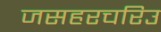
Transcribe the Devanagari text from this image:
जसहरचरिउ